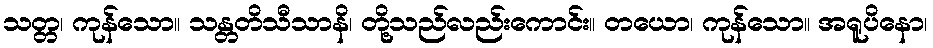
သတ္တ၊ ကုန်သော။ သန္တတိသီသာနိ၊ တို့သည်လည်းကောင်း။ တယော၊ ကုန်သော။ အရူပိနော၊